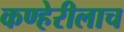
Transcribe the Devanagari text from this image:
कण्हेरीलाच